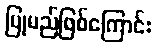
ပြုမည်ဖြစ်ကြောင်း